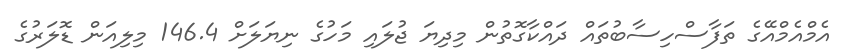
އެމްއެމްއޭގެ ތަފާސްހިސާބުތައް ދައްކާގޮތުން މިދިޔަ ޖުލައި މަހުގެ ނިޔަލަށް 146.4 މިލިއަން ޑޮލަރުގެ